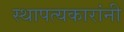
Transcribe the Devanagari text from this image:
स्थापत्यकारांनी